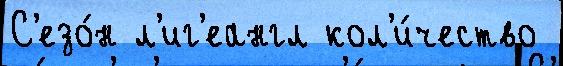
С'езо́н л'иг'еангл кол'и́чество